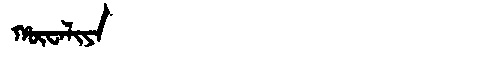
Manchu: ᡥᡡᠸᠠᠯᡳᠶᠠ
Romanization: HŪWALIYA